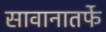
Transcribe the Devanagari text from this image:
सावानातर्फे